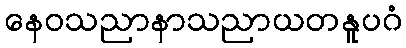
နေဝသညာနာသညာယတနူပဂံ